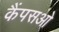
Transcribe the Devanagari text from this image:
कैंपसओ